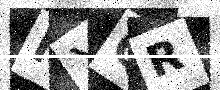
Text: NXQR